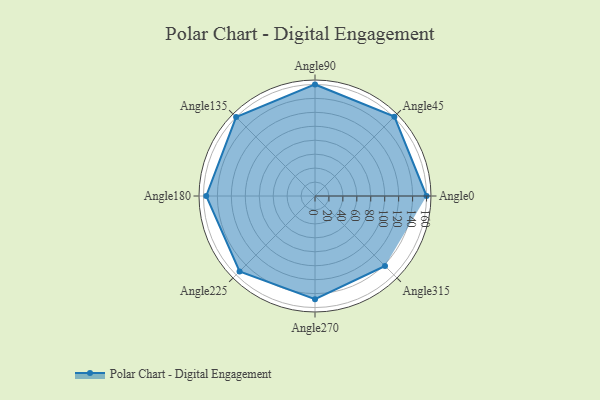
{"axis": {"x": "Angle", "y": "Radius"}, "legend": [""], "data": [{"x": "Angle0", "y": 160.0, "type": ""}, {"x": "Angle45", "y": 161.0, "type": ""}, {"x": "Angle90", "y": 160.0, "type": ""}, {"x": "Angle135", "y": 160.0, "type": ""}, {"x": "Angle180", "y": 156.0, "type": ""}, {"x": "Angle225", "y": 153.0, "type": ""}, {"x": "Angle270", "y": 148.0, "type": ""}, {"x": "Angle315", "y": 142.0, "type": ""}]}